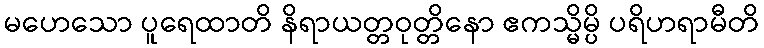
မဟေသော ပူရေထာတိ နိရာယတ္တဝုတ္တိနော ဧကသ္မိမ္ပိ ပရိဟရာမီတိ